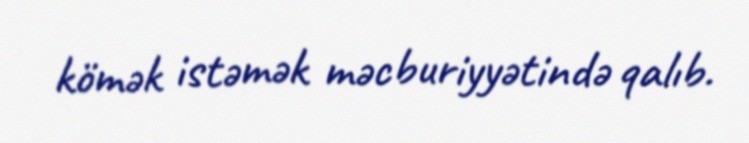
kömək istəmək məcburiyyətində qalıb.